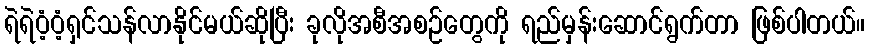
ရဲရဲဝံ့ဝံ့ရှင်သန်လာနိုင်မယ်ဆိုပြီး ခုလိုအစီအစဉ်တွေကို ရည်မှန်းဆောင်ရွက်တာ ဖြစ်ပါတယ်။